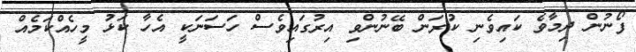
ފޯނުން ދިމާވެ ކައިވެނި ކުރަން ބޭނުންވި އިރުގައިވެސް ހަސަނަކީ އެހާ ކަޅު މީހެއްކަމެއް